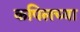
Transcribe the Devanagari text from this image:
कपिलच्या